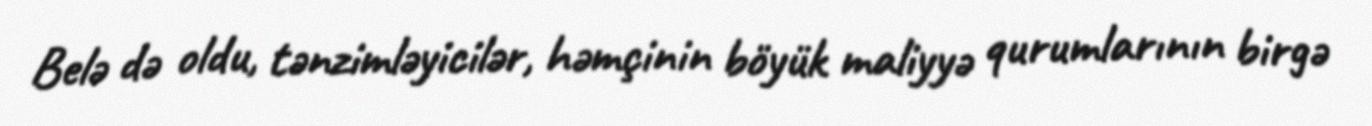
Belə də oldu, tənzimləyicilər, həmçinin böyük maliyyə qurumlarının birgə